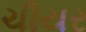
ચીયર